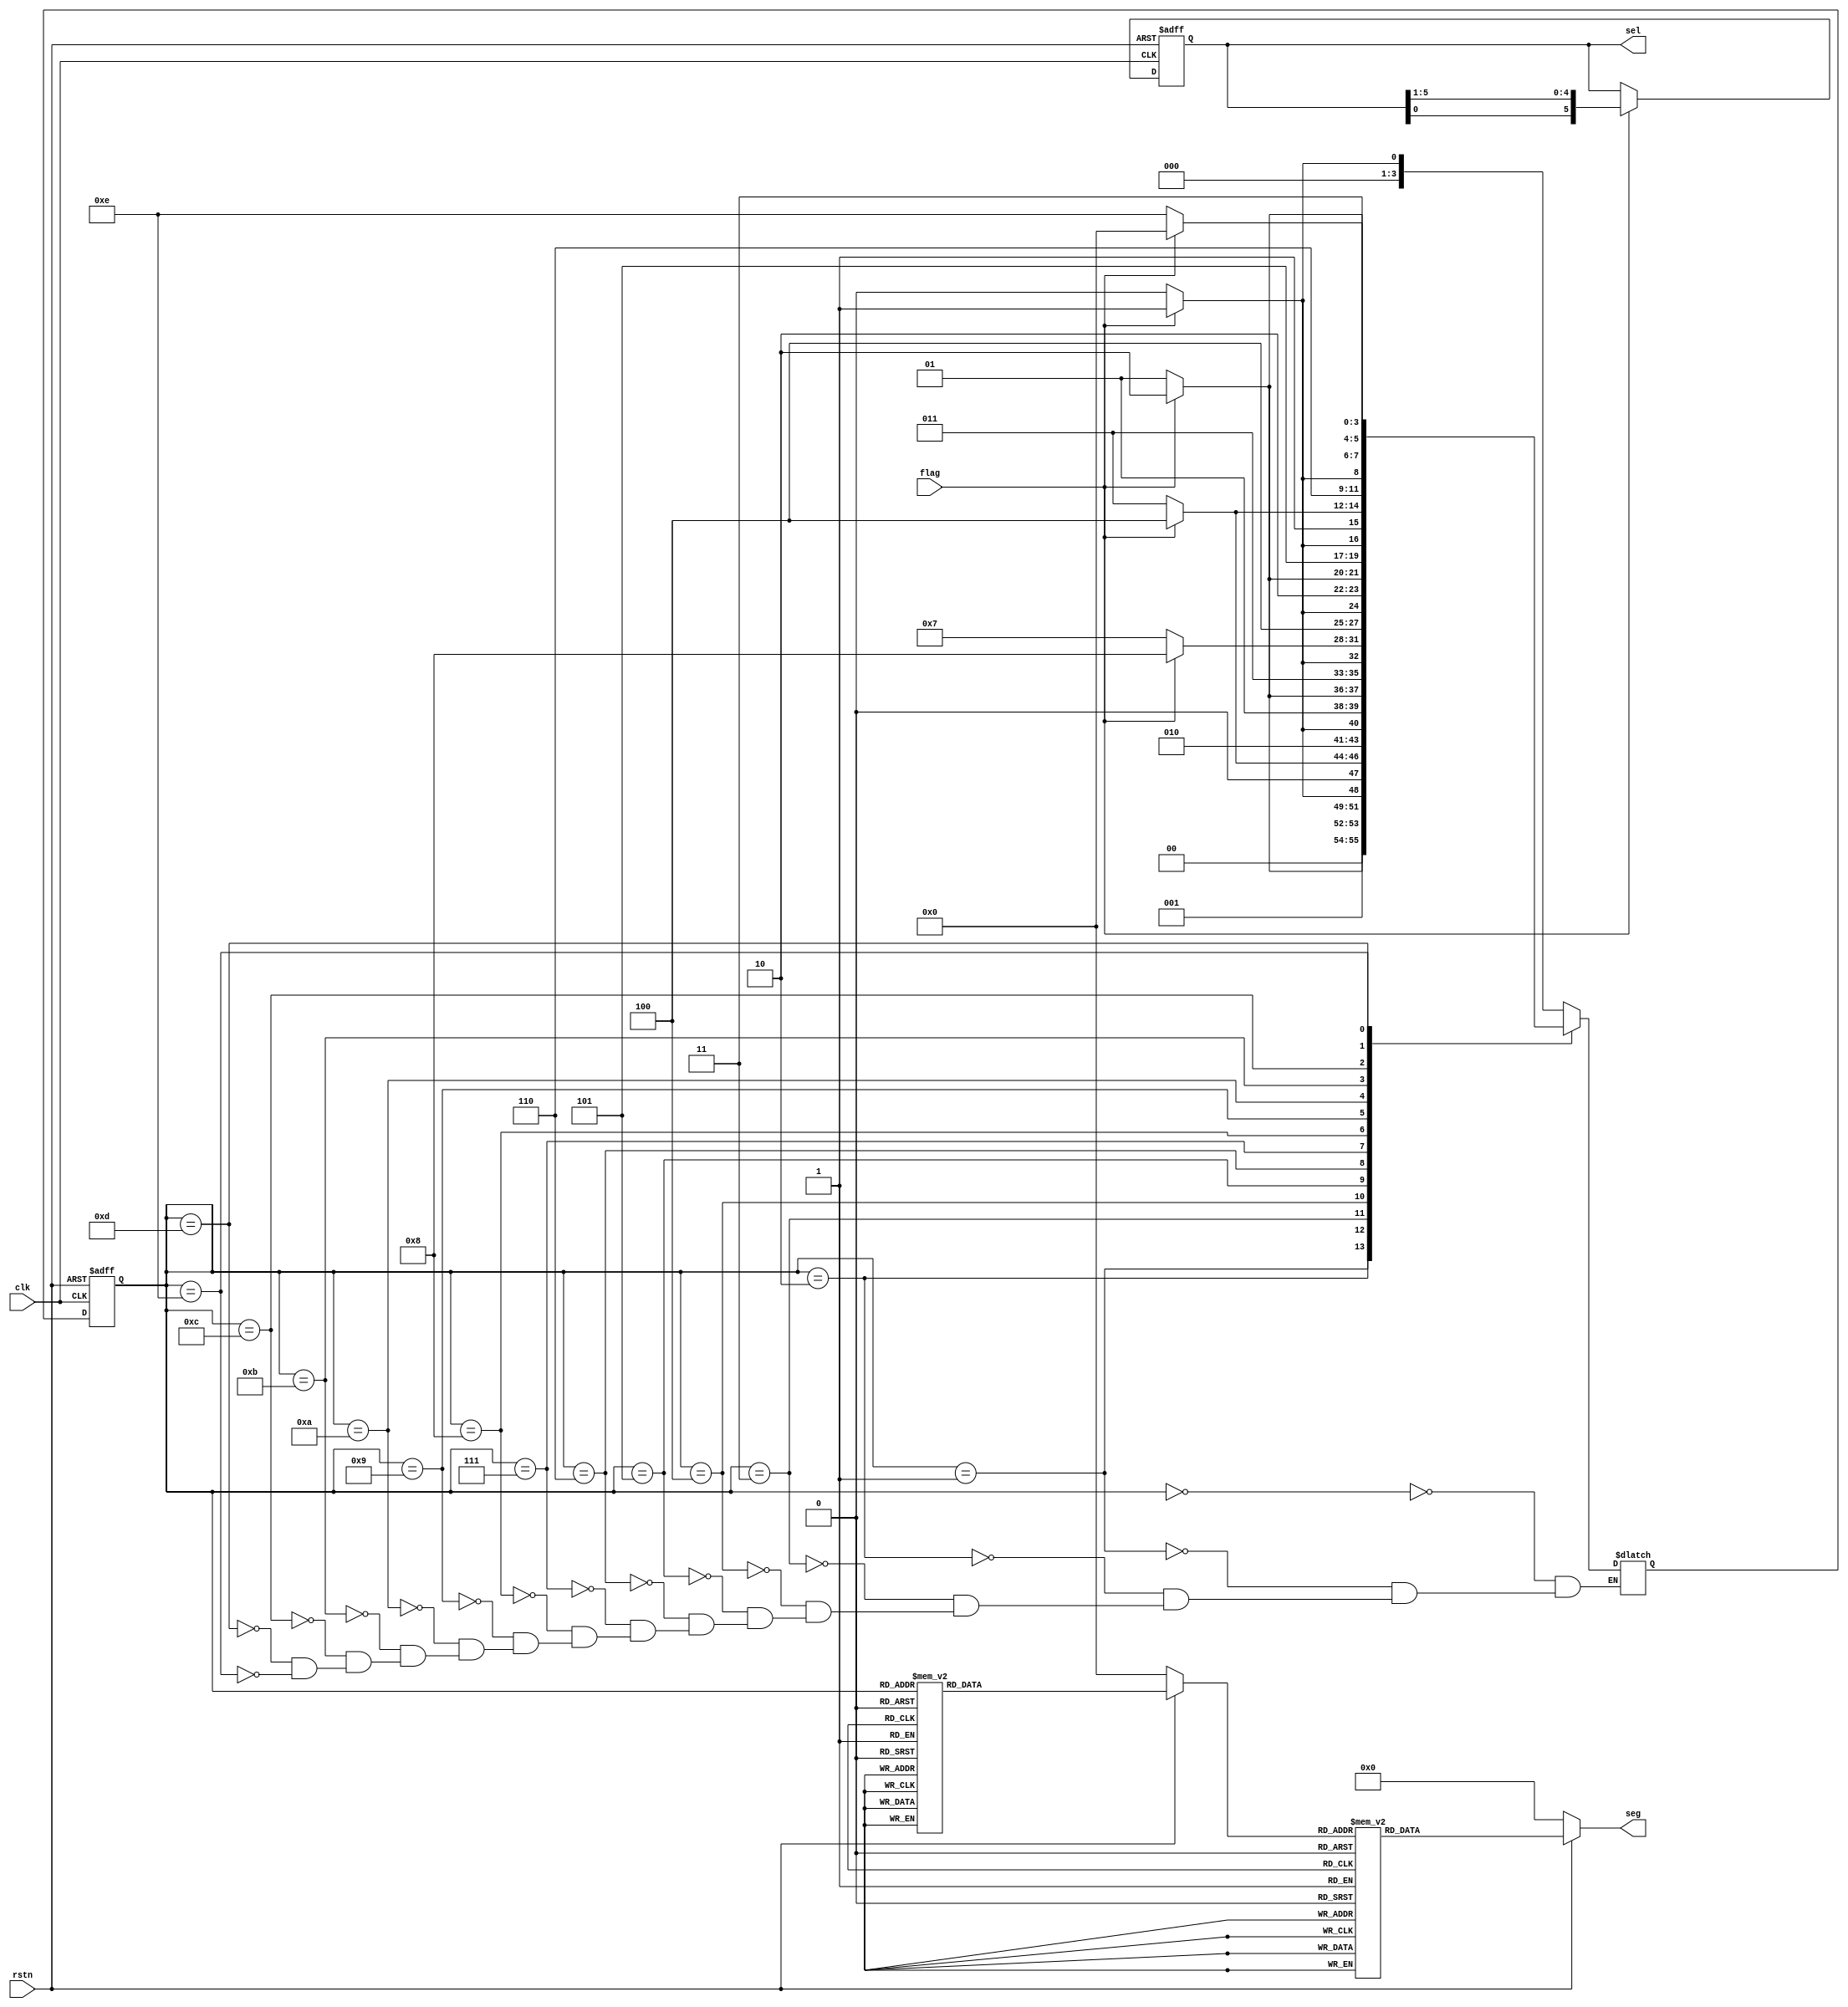
module sel_led_dynamic (
    input   wire            clk     ,
    input   wire            rstn    ,
    input   wire            flag    ,

    output  reg     [5:0]   sel     ,
    output  reg     [7:0]   seg
);

    reg     [3:0]   cstate  ;
    reg     [3:0]   nstate  ;
    reg     [3:0]   value   ;
    reg     [3:0]   number  ;

    always @(posedge clk or negedge rstn) begin
        if(!rstn) begin
            cstate <= 4'd0;
        end
        else begin
            cstate <= nstate;
        end
    end

    always @(*) begin
        case (cstate)
            4'd0 :  begin
                if(flag) begin
                    nstate = 4'd1;
                end
                else begin
                    nstate = 4'd0;
                end
            end
            4'd1 :  begin
                if(flag) begin
                    nstate = 4'd2;
                end
                else begin
                    nstate = 4'd1;
                end
            end
            4'd2 :  begin
                if(flag) begin
                    nstate = 4'd3;
                end
                else begin
                    nstate = 4'd2;
                end
            end
            4'd3 :  begin
                if(flag) begin
                    nstate = 4'd4;
                end
                else begin
                    nstate = 4'd3;
                end
            end
            4'd4 :  begin
                if(flag) begin
                    nstate = 4'd5;
                end
                else begin
                    nstate = 4'd4;
                end
            end
            4'd5 :  begin
                if(flag) begin
                    nstate = 4'd6;
                end
                else begin
                    nstate = 4'd5;
                end
            end
            4'd6 :  begin
                if(flag) begin
                    nstate = 4'd7;
                end
                else begin
                    nstate = 4'd6;
                end
            end
            4'd7 :  begin
                if(flag) begin
                    nstate = 4'd8;
                end
                else begin
                    nstate = 4'd7;
                end
            end
            4'd8 :  begin
                if(flag) begin
                    nstate = 4'd9;
                end
                else begin
                    nstate = 4'd8;
                end
            end
            4'd9 :  begin
                if(flag) begin
                    nstate = 4'd10;
                end
                else begin
                    nstate = 4'd9;
                end
            end
            4'd10 :  begin
                if(flag) begin
                    nstate = 4'd11;
                end
                else begin
                    nstate = 4'd10;
                end
            end
            4'd11 :  begin
                if(flag) begin
                    nstate = 4'd12;
                end
                else begin
                    nstate = 4'd11;
                end
            end
            4'd12 :  begin
                if(flag) begin
                    nstate = 4'd13;
                end
                else begin
                    nstate = 4'd12;
                end
            end
            4'd13 :  begin
                if(flag) begin
                    nstate = 4'd14;
                end
                else begin
                    nstate = 4'd13;
                end
            end
            4'd14 :  begin
                if(flag) begin
                    nstate = 4'd0;
                end
                else begin
                    nstate = 4'd14;
                end
            end
            default :   ;
        endcase
    end

        //
    always@(posedge clk or negedge rstn)begin
        if(!rstn)begin
            sel <= 6'b011111;//
        end 
        else if(flag)begin
            sel <= {sel[0],sel[5:1]};//20us
        end 
        else begin
            sel <= sel;//
        end 
    end 


    always @(*) begin
        if(!rstn) begin
            value = 3'd0;
        end
        else begin
            case(cstate)
                4'd0:   begin
                                value = 4'h1;
                        end
                4'd1:   begin
                                value = 4'h2;
                        end
                4'd2:   begin
                                value = 4'h3;
                        end
                4'd3:   begin
                                value = 4'h4;
                        end
                4'd4:   begin
                                value = 4'h5;
                        end
                4'd5:   begin
                                value = 4'h6;
                        end
                4'd6:   begin
                                value = 4'h7;
                        end
                4'd7:   begin
                                value = 4'h8;
                        end
                4'd8:   begin
                                value = 4'h9;
                        end
                4'd9:   begin
                                value = 4'ha;
                        end
                4'd10:   begin
                                value = 4'hb;
                        end
                4'd11:   begin
                                value = 4'hc;
                        end
                4'd12:   begin
                                value = 4'hd;
                        end
                4'd13:   begin
                                value = 4'he;
                        end
                4'd14:   begin
                                value = 4'hf;
                        end
            default:		begin//1
                                value = 3'd1;
                            end
            endcase
        end
    end

    // always @(*) begin
    //     if(!rstn) begin
    //         seg = 8'b0000_0000;
    //     end
    //     else begin
    //         case (value)
    //             3'd1:       seg = 8'b11111001;//
    //             3'd2:       seg = 8'b10100100;
    //             3'd3:       seg = 8'b10110000;
    //             3'd4:       seg = 8'b10011001;
    //             3'd5:       seg = 8'b10010010;
    //             3'd6:       seg = 8'b10000010;
	// 		    default :   seg = 8'b00000000;
    //         endcase
    //     end
    // end

    always @(*)begin
        if(!rstn)
            seg <= 8'b0;
        else begin
            case(value)//16
                4'h0:       seg <= 8'b1100_0000;//
                4'h1:       seg <= 8'b1111_1001;
                4'h2:       seg <= 8'b1010_0100;
                4'h3:       seg <= 8'b1011_0000;
                4'h4:       seg <= 8'b1001_1001;
                4'h5:       seg <= 8'b1001_0010;
                4'h6:       seg <= 8'b1000_0010;
                4'h7:       seg <= 8'b1111_1000;
                4'h8:       seg <= 8'b1000_0000;
                4'h9:       seg <= 8'b1001_0000;
                4'ha:       seg <= 8'b1000_1000;
                4'hb:       seg <= 8'b1000_0011;
                4'hc:       seg <= 8'b1100_0110;
                4'hd:       seg <= 8'b1010_0001;
                4'he:       seg <= 8'b1000_0110;
                4'hf:       seg <= 8'b1000_1110;
                default :   seg <= 8'b1100_0000;
            endcase
        end
    end


endmodule //sel_led_dynamic